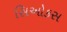
સિઓકસ